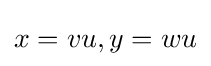
x=vu,y=wu